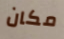
مكان